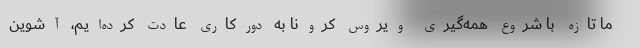
ما تازه با شروع همه‌گیری ویروس کرونا به دورکاری عادت کرده‌ایم، آشوین